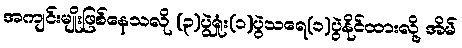
အကျင်းမျိုးဖြစ်နေသလို (၃)ပွဲရှုံး(၁)ပွဲသရေ(၁)ပွဲနိုင်ထားလို့ အိမ်